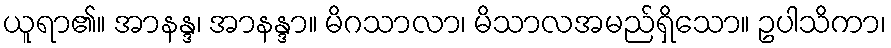
ယူရာ၏။ အာနန္ဒ၊ အာနန္ဒာ။ မိဂသာလာ၊ မိသာလအမည်ရှိသော။ ဥပါသိကာ၊